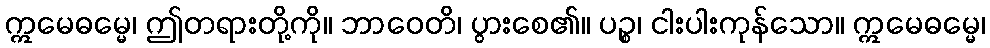
ဣမေဓမ္မေ၊ ဤတရားတို့ကို။ ဘာဝေတိ၊ ပွားစေ၏။ ပဉ္စ၊ ငါးပါးကုန်သော။ ဣမေဓမ္မေ၊